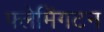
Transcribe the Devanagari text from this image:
फ्लेमिंगटन